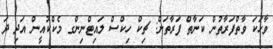
ވާހަކަ ވާތްފަރާތުން ކަނާތް ފަރާތަށް: ޗިކް ހިކްސް ލައިޓްނިންގ މެކްކުއީން އަދި ދަ